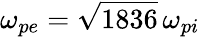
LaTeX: \omega_{pe}=\sqrt{1836}\, \omega_{pi}